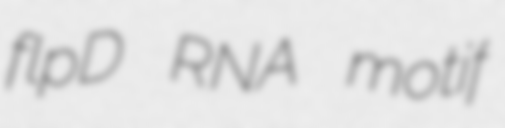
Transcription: flpD RNA motif